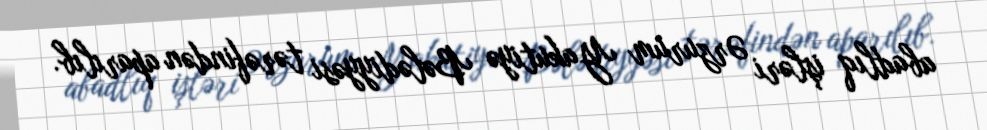
abadlıq işləri Ərzurum Yakutiyə Bələdiyyəsi tərəfindən aparılıb.